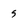
Character: 5